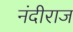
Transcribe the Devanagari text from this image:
नंदीराज